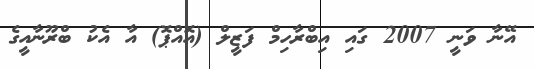
އޭނާ ވަނީ 2007 ގައި އިބްރާހިމް ފަޒީލް (އޮއްޕޮ) އާ އެކު ބްރޫނާއީގެ